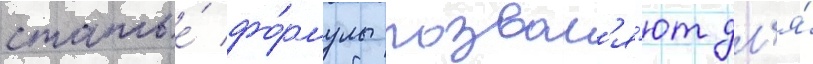
статье́ фо́рмулы позвол'я́ют дл'я́